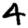
Digit: 4